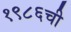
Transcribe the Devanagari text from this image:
१९८६ची